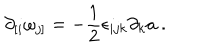
LaTeX: \partial _ { [ i } \omega _ { j ] } = - { \frac { 1 } { 2 } } \epsilon _ { i j k } \partial _ { k } a \ .